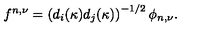
f ^ { n , \nu } = \left( d _ { i } ( \kappa ) d _ { j } ( \kappa ) \right) ^ { - 1 / 2 } \phi _ { n , \nu } .